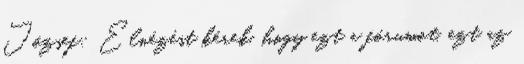
József: Elnézést kérek, hogy ezt a fórumot, ezt az